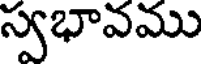
స్వభావము